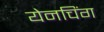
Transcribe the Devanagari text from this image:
येनचिंग